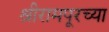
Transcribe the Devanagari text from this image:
श्रीरामपूरच्या